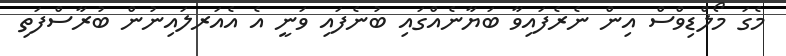
މެގަަ މޯލްޑިވްސް އިން ނެރެފައިވާ ބަޔާނެއްގައި ބުނެފައި ވަނީ އެ އެއަރލައިނުން ބުރާސްފަތި